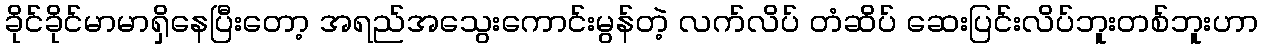
ခိုင်ခိုင်မာမာရှိနေပြီးတော့ အရည်အသွေးကောင်းမွန်တဲ့ လက်လိပ် တံဆိပ် ဆေးပြင်းလိပ်ဘူးတစ်ဘူးဟာ